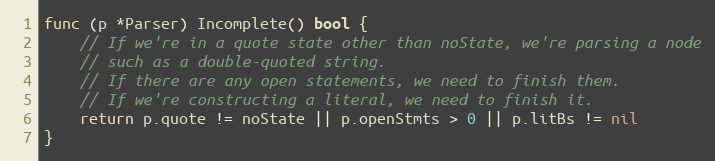
Language: Go
func (p *Parser) Incomplete() bool {
	// If we're in a quote state other than noState, we're parsing a node
	// such as a double-quoted string.
	// If there are any open statements, we need to finish them.
	// If we're constructing a literal, we need to finish it.
	return p.quote != noState || p.openStmts > 0 || p.litBs != nil
}